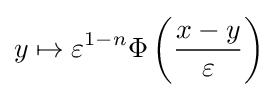
y\mapsto \varepsilon ^{1-n}\Phi \left({\frac {x-y}{\varepsilon }}\right)